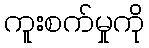
ကူးစက်မှုကို